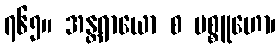
၇၆၅။ အန္တရာယော စ ပစ္စူဟော၊